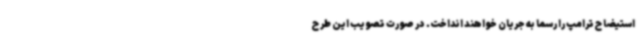
استیضاح ترامپ را رسما به جریان خواهند انداخت. در صورت تصویب این طرح